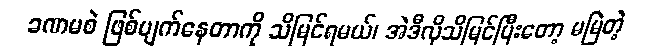
ခဏမစဲ ဖြစ်ပျက်နေတာကို သိမြင်ရမယ်၊ အဲဒီလိုသိမြင်ပြီးတော့ မမြဲတဲ့